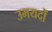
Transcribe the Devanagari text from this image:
उमयदों